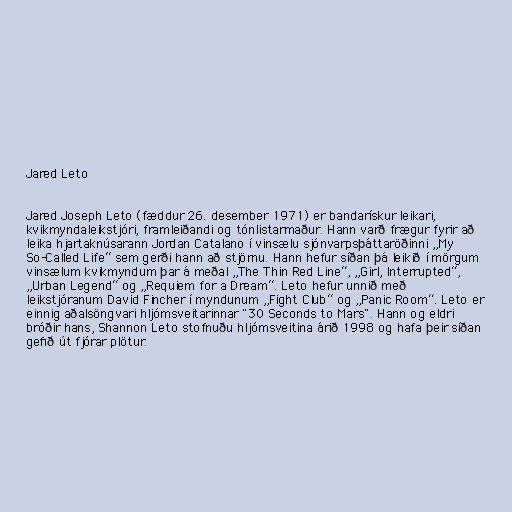
Jared Leto

Jared Joseph Leto (fæddur 26. desember 1971) er bandarískur leikari,
kvikmyndaleikstjóri, framleiðandi og tónlistarmaður. Hann varð frægur fyrir að
leika hjartaknúsarann Jordan Catalano í vinsælu sjónvarpsþáttaröðinni „My
So-Called Life“ sem gerði hann að stjörnu. Hann hefur síðan þá leikið í mörgum
vinsælum kvikmyndum þar á meðal „The Thin Red Line“, „Girl, Interrupted“,
„Urban Legend“ og „Requiem for a Dream“. Leto hefur unnið með
leikstjóranum David Fincher í myndunum „Fight Club“ og „Panic Room“. Leto er
einnig aðalsöngvari hljómsveitarinnar "30 Seconds to Mars". Hann og eldri
bróðir hans, Shannon Leto stofnuðu hljómsveitina árið 1998 og hafa þeir síðan
gefið út fjórar plötur.